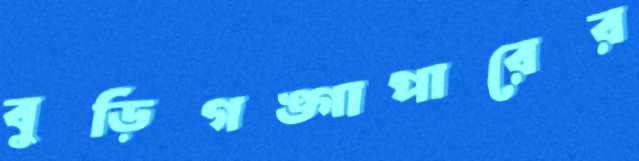
বুড়িগঙ্গাপারের